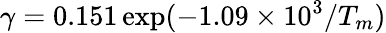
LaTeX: \gamma=0.151\exp(-1.09\times 10^{3}/T_{m})